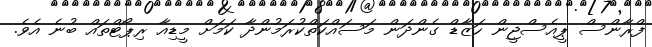
ފްރާންސް ޕީއެސްޖީން ހަޒާޑް ގެންދަން މަސައްކަތްކުރަމުންދާ ކަމަށް މީޑިއާ ރިޕޯޓްތައް ބުނެ އެވެ.